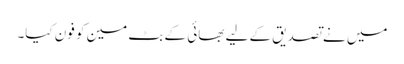
میں نے تصدیق کے لیے بھائی کے بٹ مین کو فون کیا۔